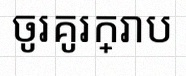
ចូរគូរក្រាប